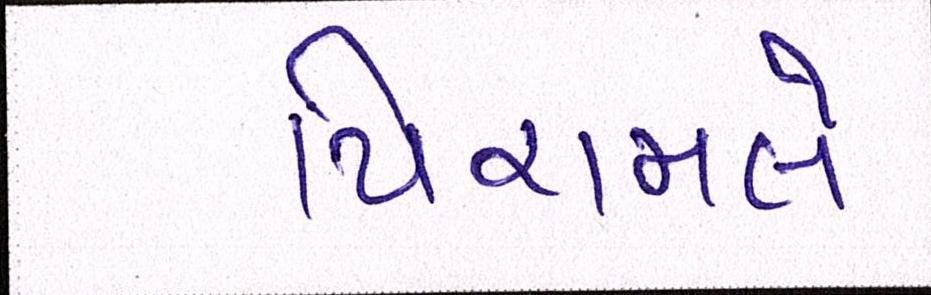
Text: પિરામલે